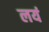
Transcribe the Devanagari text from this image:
लयं